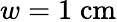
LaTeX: w=1\; \mathrm{{cm}}